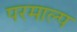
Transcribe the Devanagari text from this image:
परमाल्प